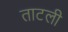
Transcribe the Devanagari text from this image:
ताटली